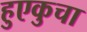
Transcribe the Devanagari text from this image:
हुएकुचा